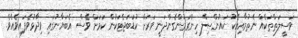
ވަސީލަތްތަކެއް ނެތުމާއިއެކު ކައުންސިލް ހިންގަމުންގެންދަނީ ވަރަށް ކުޑަބަޖެޓަކުން ކަމަށް ވެސް އެބަޔާނުގައި ވިދާޅުވެފައިވެއެވެ.